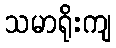
သမာရိုးကျ